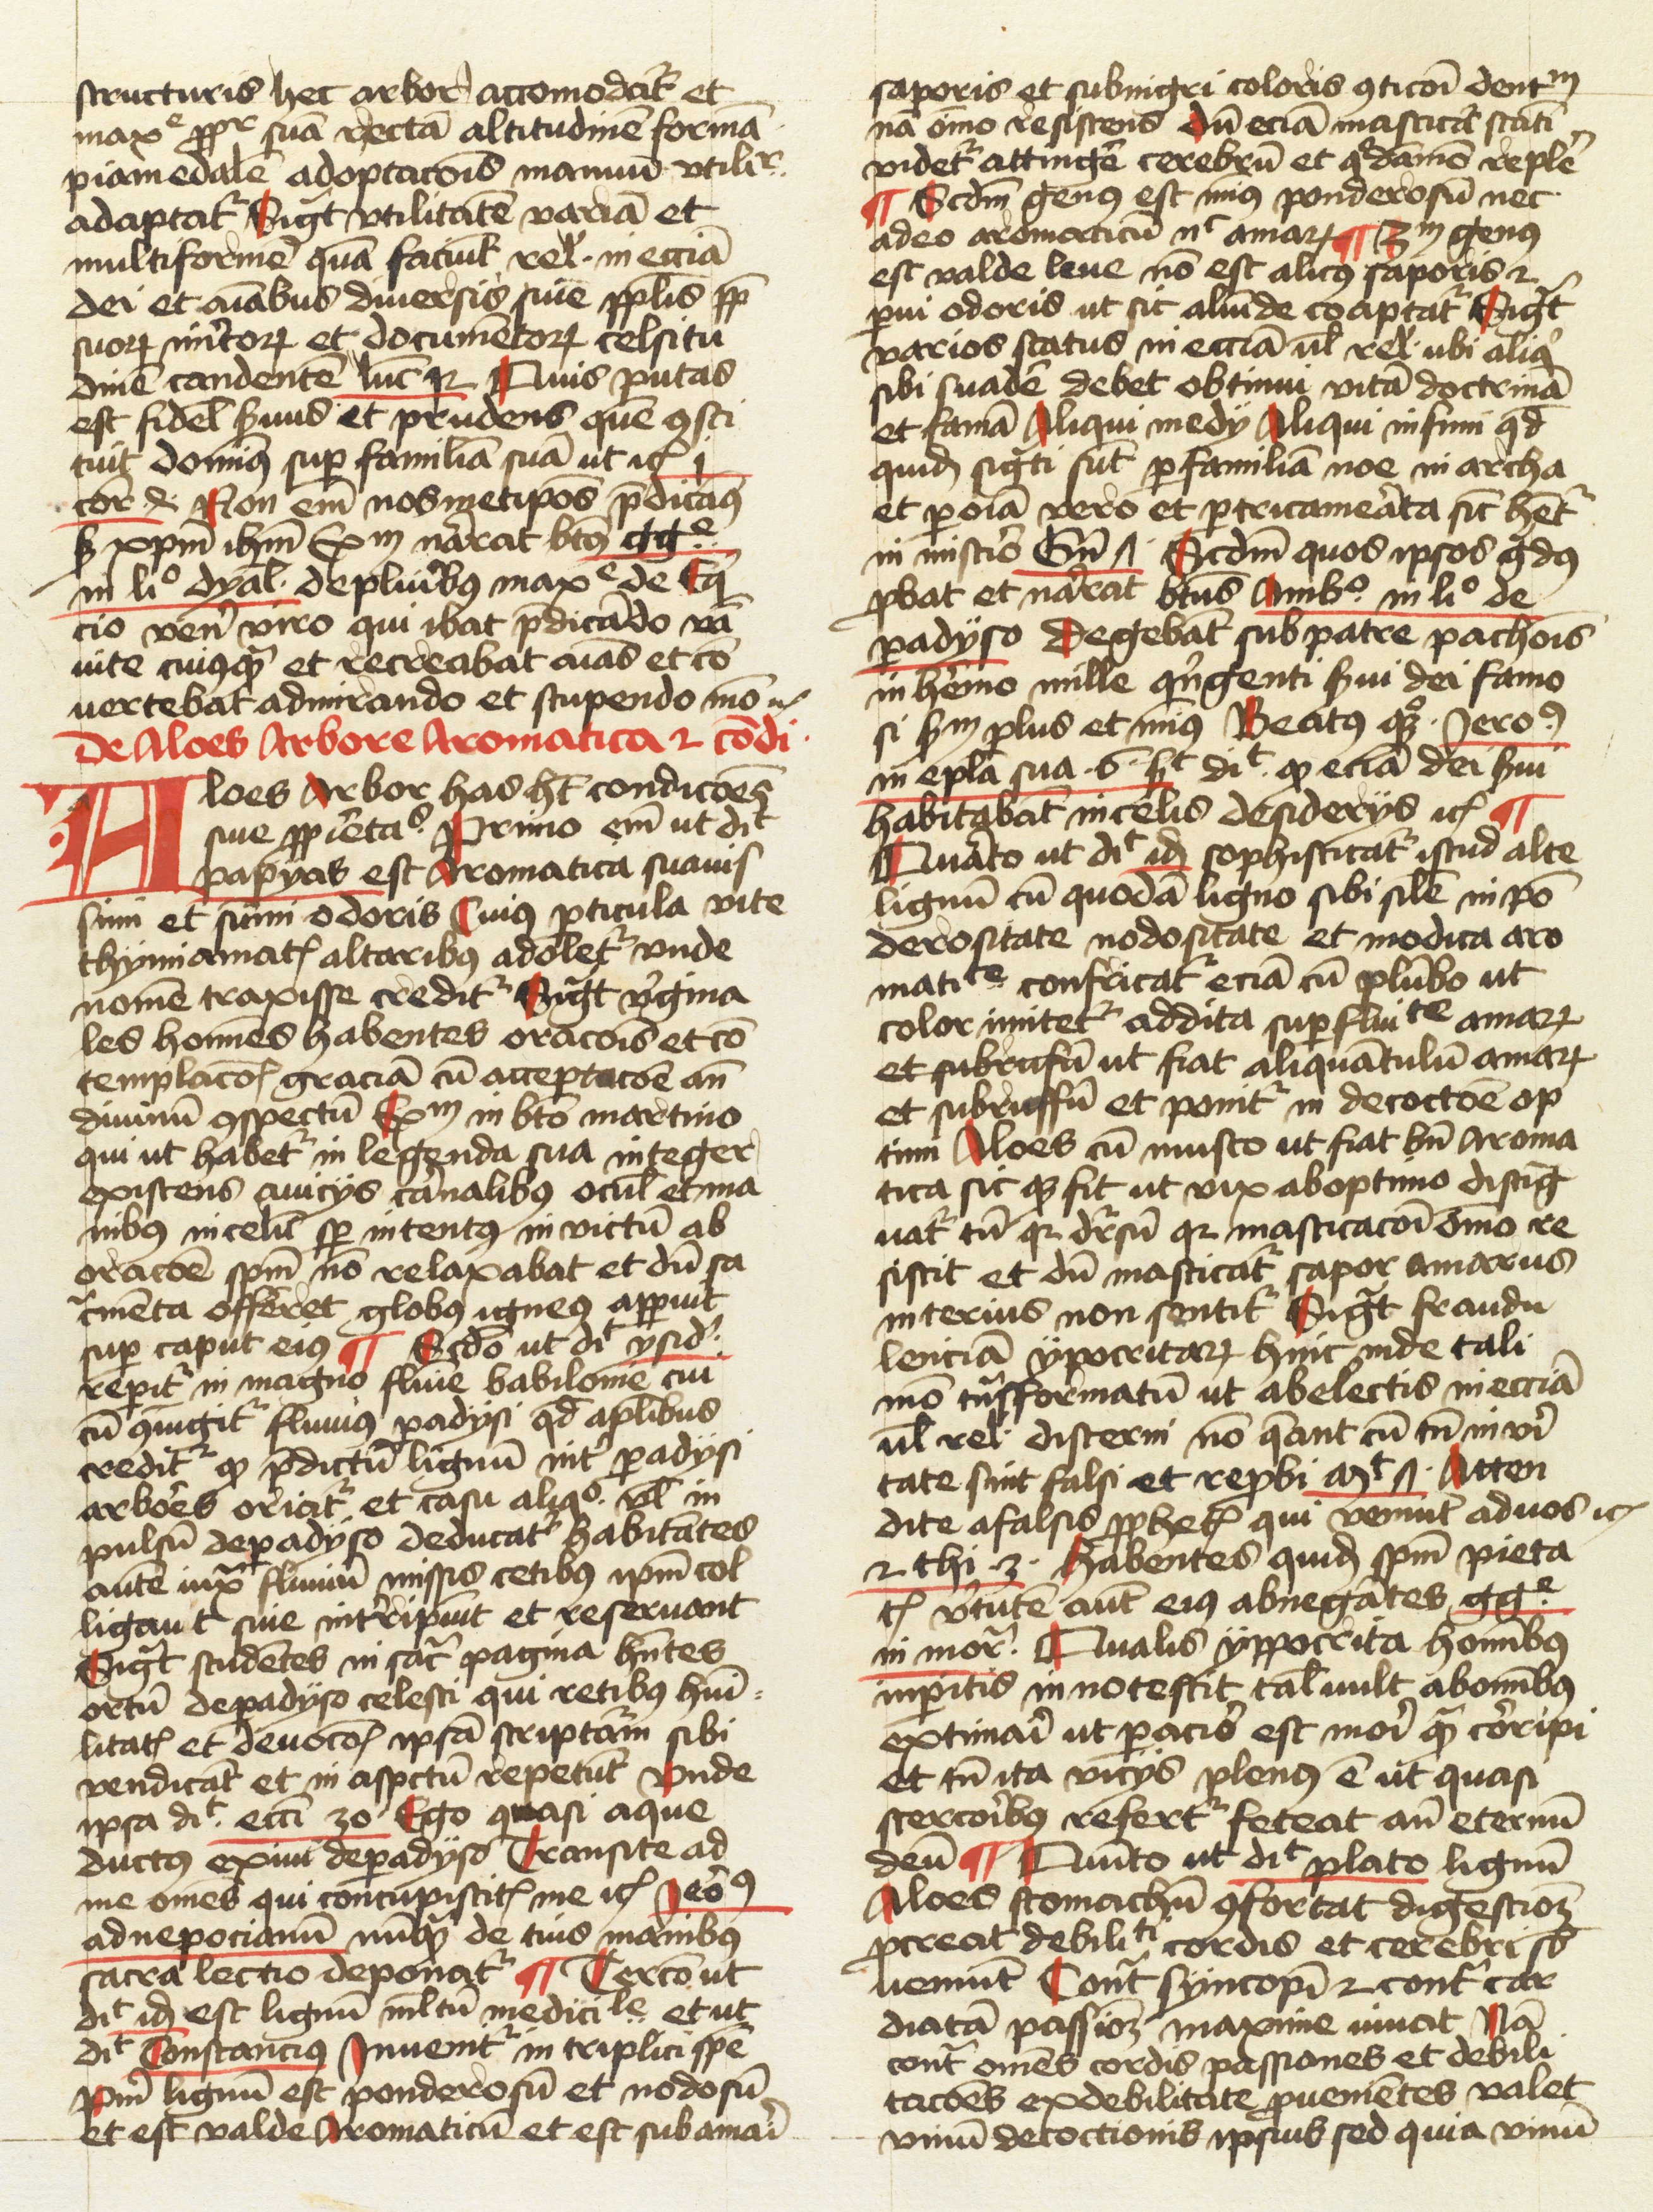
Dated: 1474–1474